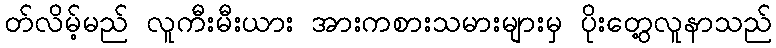
တ်လိမ့်မည် လူကီးမီးယား အားကစားသမားများမှ ပိုးတွေ့လူနာသည်